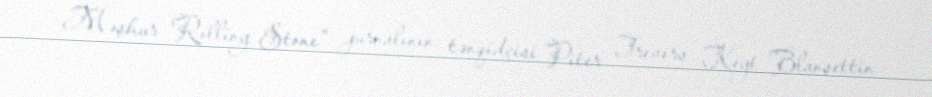
Məşhur "Rolling Stone" jurnalının tənqidçisi Piter Trevers Keyt Blanşettin